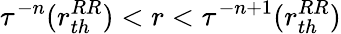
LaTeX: \tau^{-n}(r_{th}^{RR})<r<\tau^{-n+1}(r_{th}^{RR})